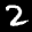
Label: 2